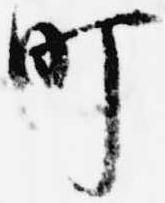
町